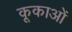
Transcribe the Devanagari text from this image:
कूकाओं